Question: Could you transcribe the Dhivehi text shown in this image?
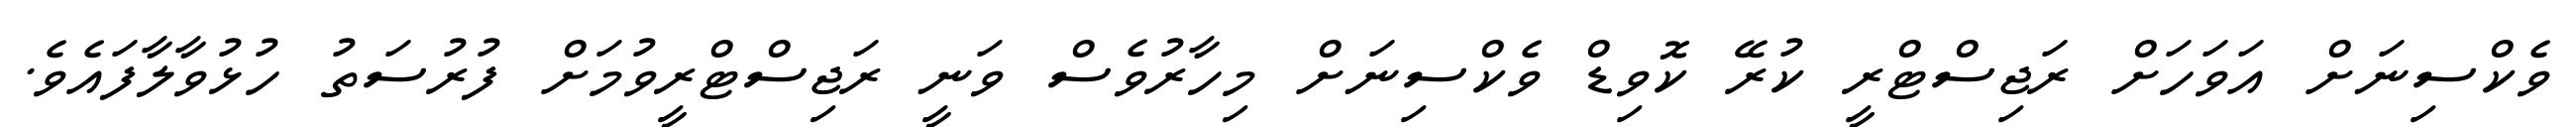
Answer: ވެކްސިނަށް އަވަހަށް ރަޖިސްޓްރީ ކުރޭ ކޮވިޑް ވެކްސިނަށް މިހާރުވެސް ވަނީ ރަޖިސްޓްރީވުމަށް ފުރުސަތު ހުޅުވާލާފައެވެ.